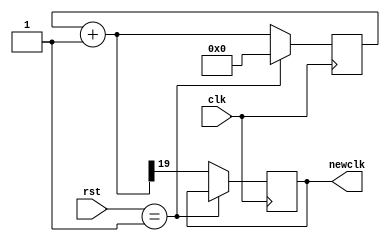
`timescale 1ns / 1ps
//////////////////////////////////////////////////////////////////////////////////
// Company: 
// Engineer: 
// 
// Design Name: 
// Module Name: frequencydivider
// Project Name: 
// Target Devices: 
// Tool Versions: 
// Description: 
// 
// Dependencies: 
// 
// Revision:
// Revision 0.01 - File Created
// Additional Comments:
// 
//////////////////////////////////////////////////////////////////////////////////


module frequencydivider(rst, clk, newclk);
input[1 : 0] rst;
input clk;
output reg newclk;
reg[19 : 0] count = 0;

always @(posedge clk)begin
    count = count + 1;
    if (rst == 2 'b01)
        count = 0;
    else 
        begin
            newclk = count[19]; //19
        end 
    end 
endmodule